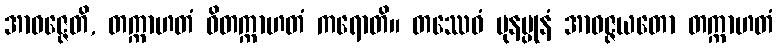
အာဝဇ္ဇေတိ, တက္ကာဟတံ ဝိတက္ကာဟတံ ကရောတိ။ တဿေဝံ ပုနပ္ပုနံ အာဝဇ္ဇယတော တက္ကာဟတံ